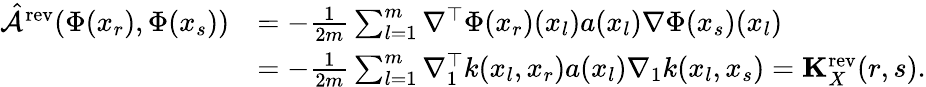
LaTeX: \begin{array}{rl}{\hat{\mathcal{A}}^{\mathrm{rev}}(\Phi(x_{r}),\Phi(x_{s}))}&{=-\frac{1}{2m}\sum_{l=1}^{m}\nabla^{\top}\Phi(x_{r})(x_{l})a(x_{l})\nabla\Phi(x_{s})(x_{l})}\\ &{=-\frac{1}{2m}\sum_{l=1}^{m}\nabla_{1}^{\top}k(x_{l},x_{r})a(x_{l})\nabla_{1}k(x_{l},x_{s})=\mathbf{K}_{X}^{\mathrm{rev}}(r,s).}\end{array}